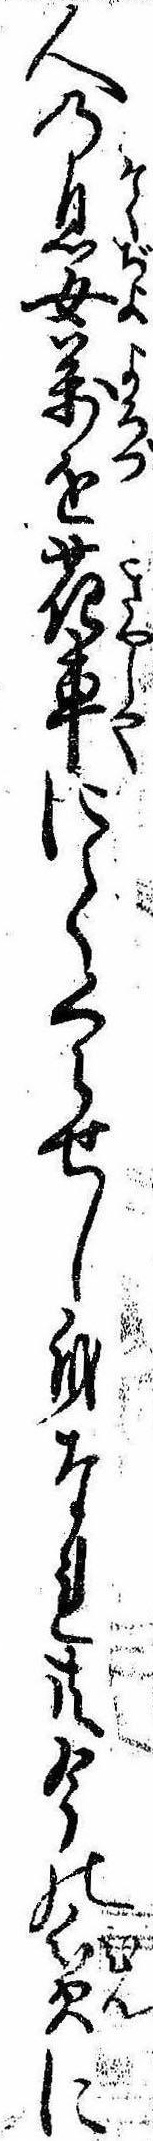
人の息女万を花車にてくらせし身なれ共今の貧に